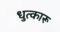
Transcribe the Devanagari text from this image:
धुत्कारू